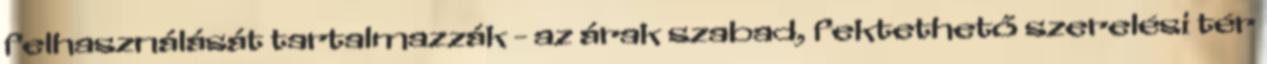
felhasználását tartalmazzák - az árak szabad, fektethető szerelési tér